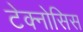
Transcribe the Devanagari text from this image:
टेक्नोसिस